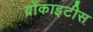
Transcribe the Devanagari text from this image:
ब्रोंकाइटीस